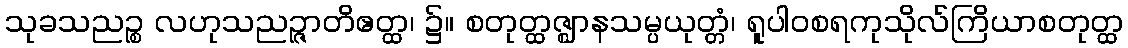
သုခသညဉ္စ လဟုသညဉ္ဇာတိဧတ္ထ၊ ၌။ စတုတ္ထဇ္ဈာနသမ္ပယုတ္တံ၊ ရူပါဝစရကုသိုလ်ကြိယာစတုတ္ထ